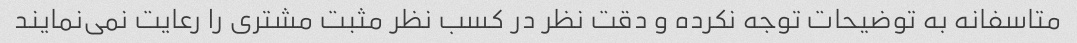
متاسفانه به توضیحات توجه نکرده و دقت نظر در کسب نظر مثبت مشتری را رعایت نمی‌نمایند